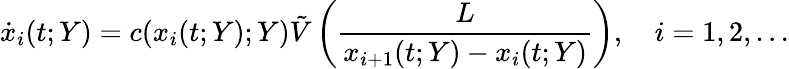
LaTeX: \dot{x}_{i}(t;Y)=c(x_{i}(t;Y);Y)\tilde{V}\left(\frac{L}{x_{i+1}(t;Y)-x_{i}(t;Y)}\right),\quad i=1,2,...